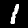
Digit: 1